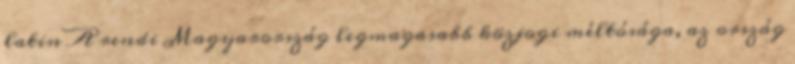
latin A rendi Magyarország legmagasabb közjogi méltósága, az ország